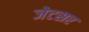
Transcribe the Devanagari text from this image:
जेटसर